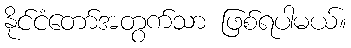
နိုင်ငံတော်အတွက်သာ ဖြစ်ရပါမယ်။